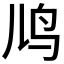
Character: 𬷼